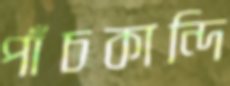
পাঁচকান্দি